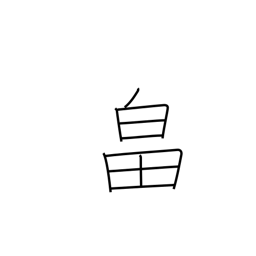
Meaning: farm